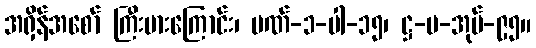
အရှိန်အစော် ကြီးမားကြောင်း၊ ပဏ်-၁-ပါ-၁၅၊ ဋ္ဌ-ပ-အုပ်-၉၅။